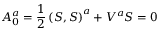
{ \cal A } _ { 0 } ^ { a } = \frac 1 2 \left( S , S \right) ^ { a } + V ^ { a } S = 0